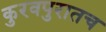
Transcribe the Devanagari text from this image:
कुरवपुरातच